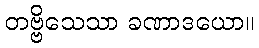
တဗ္ဗိသေသာ ခဏာဒယော။